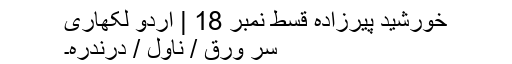
خورشید پیرزادہ قسط نمبر 18 | اردو لکھاری
سر ورق / ناول / درندرہ۔